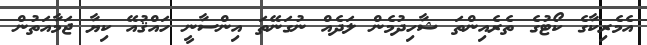
އެމެރިކާގެ ކޯޓުގެ ތެރެއިންތަ ޝާހިދުމެން ލަދެއް ނުގަނޭތަ އިންސާނީ ހައްޤުއޭ ކިޔާ ޖަމާއަތުން